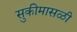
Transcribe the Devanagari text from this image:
सुकीमासळी